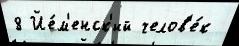
8 Йе́м'енск'ий челов'е́к